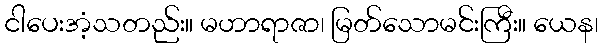
ငါပေးအံ့သတည်း။ မဟာရာဇာ၊ မြတ်သောမင်းကြီး။ ယေန၊